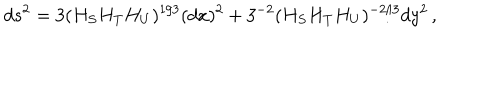
d s ^ { 2 } = 3 ( H _ { S } H _ { T } H _ { U } ) ^ { 1 / 3 } ( d x ) ^ { 2 } + 3 ^ { - 2 } ( H _ { S } H _ { T } H _ { U } ) ^ { - 2 / 3 } d y ^ { 2 } \, ,